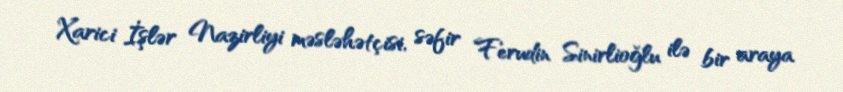
Xarici İşlər Nazirliyi məsləhətçisi, səfir Ferudin Sinirlioğlu ilə bir araya